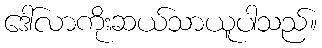
ဒေါ်လာကိုးဆယ်သာယူပါသည်။